Medical and sanitary report of the native army of Bengal for the year
Year: 1877
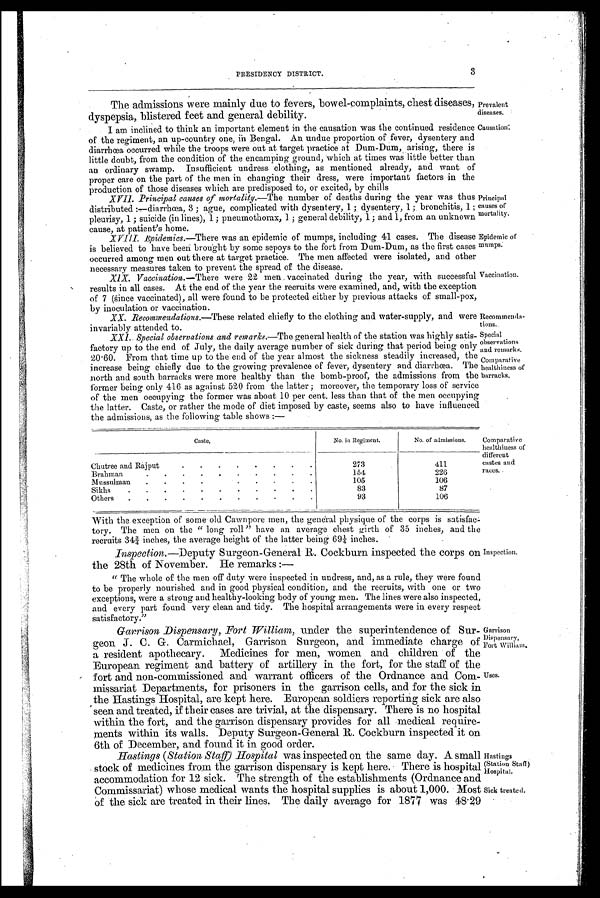
Prevalent
diseases.
Causation.
'rincipal
causes of
mortality.
Epidemic of
mumps.
Vaccination.
Recommenda-
tions.
Special
observations
and remarks.
C o m p a r a t i v e
healthiness of
barracks.
Comparative
healthiness of
different
castes and
races.
Inspection.
Hastings
(Station Staff)
Hospi tal.
Sick treated.
Garrison
Dispensary,
Fort William,
Uses.
3
PRESIDENCY DISTRICT.
The admissions were mainly due to fevers, bowel-complaints, chest diseases,
dyspepsia, blistered feet and general debility.
I am inclined to think an important element in the causation was the continued residence
of the regiment, an up-country one, in Bengal. An undue proportion of fever, dysentery and
diarrhoea occurred while the troops were out at target practice at Dum-Dum, arising, there is
little doubt, from the condition of the encamping ground, which at times was little better than
an ordinary swamp. Insufficient undress clothing, as mentioned already, and want of
proper care on the part of the men in changing their dress, were important factors in the
production of those diseases which are predisposed to, or excited, by chills
XVII. Principal causes of mortality.—The number of deaths during the year was thus
distributed :-diarrhoea, 3 ; ague, complicated with dysentery, 1 ; dysentery, 1 ; bronchitis, 1 ;
pleurisy, 1 ; suicide (in lines), 1 ; pneumothorax, 1 ; general debility, 1 ; and 1, from an unknown
cause, at patient's home.
XVIII. Epidemics.—There was an epidemic of mumps, including 41 cases. The disease
is believed to have been brought by some sepoys to the fort from Dum-Dum, as the first cases
occurred among men out there at target practice. The men affected were isolated, and other
necessary measures taken to prevent the spread of the disease.
X1X. Vaccination.- There were 22 men. vaccinated during the year, with successful
results in all cases. At the end of the year the recruits were examined, and, with the exception
of 7 (Since vaccinated), all were found to be protected either by previous attacks of small-pox,
by inoculation or vaccination.
XX. Recommendations.—These related chiefly to the clothing and water-supply, and were
invariably attended to.
XX1. Special observations and remarks.—The general health of the station was highly satis-
factory up to the end of July, the daily average number of sick during that period being only
20.60. From that time up to the end of the year almost the sickness steadily increased, the
increase being chiefly due to the growing prevalence of fever, dysentery and diarrhoea. The
north and south barracks were more healthy than the bomb-proof, the admissions from the
former being only 416 as against 520 from the latter ; moreover, the temporary loss of service
of the men occupying the former was about 10 per cent. less than that of the men occupying
the latter. Caste, or rather the mode of diet imposed by caste, seems also to have influenced
the admissions, as the following table shows:-
C a s t e .
No. in Regiment.
No. of admissions.
Chutree and Rajput
273
411
Brahman
154
226
Mussulman
105
106
Sikhs
83
87
Others
93
106
With the exception of some old Cawnpore men, the general physique of the corps is satisfac-
tory. The men on the "l ong rol l " have an average chest gi rth of 35 i nches, and the
recruits 34¾ inches, the average height of the latter being 69¼ inches.
Inspection.—Deputy Surgeon-General R. Cockburn inspected the corps on
the 28th of November. He remarks :—
" The whole of the men off duty were inspected in undress, and, as a rule, they were found
to be properly nourished and in good physical condition, and the recruits, with one or two
exceptions, were a strong and healthy-looking body of young men. The lines were also inspected,
and every part found very clean and tidy. The hospital arrangements were in every respect
Satisfactory."
Garrison Dispensary, Fort William, under the superintendence of Sur-
geon J. C. G. Carmichael, Garrison Surgeon, and immediate charge of
a resident apothecary. Medicines for men, women and children of the
European regiment and battery of artillery in the fort, for the staff of the
fort and non-commissioned and warrant officers of the Ordnance and Com-
missariat Departments, for prisoners in the garrison cells, and for the sick in
the Hastings Hospital, are kept here. European soldiers reporting sick are also
seen and. treated, if their cases are trivial, at the dispensary. There is no hospital
within the fort, and the garrison dispensary provides for all medical require-
ments within its walls. Deputy Surgeon-General R. Cockburn inspected it on
6th of December, and found it in good order.
Hastings ( Station Staff) Hospital was inspected on the same day. A small
stock of medicines . from the garrison dispensary is kept here. - There is hospital
accommodation for 12 sick. The strength of the establishments (Ordnance and
Commissariat) whose medical wants the hospital supplies is about 1,000. Most
of the sick are treated in their lines, The daily average for 1877 was 4%29